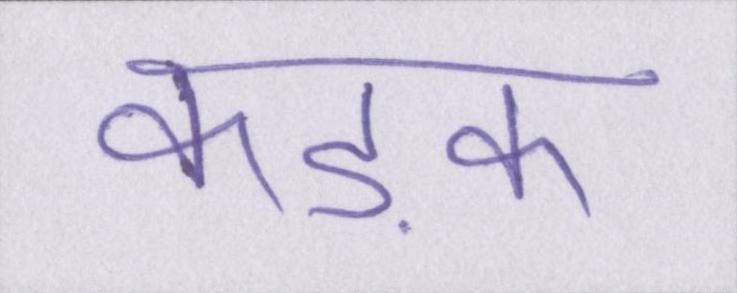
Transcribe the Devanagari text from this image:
कड़क